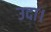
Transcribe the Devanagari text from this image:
उदा।